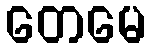
တေမေ